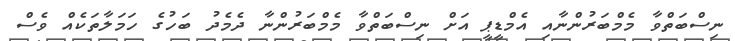
ނިސްބަތްވާ މެމްބަރުންނާއި އެމްޑީޕީ އަށް ނިސްބަތްވާ މެމްބަރުންނާ ދެމެދު ބަހުގެ ހަމަލާތަކެއް ވެސް